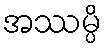
အဿမ္ပိ